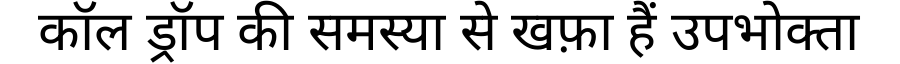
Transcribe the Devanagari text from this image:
कॉल ड्रॉप की समस्या से खफ़ा हैं उपभोक्ता